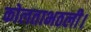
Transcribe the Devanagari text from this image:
कोलताभठली।